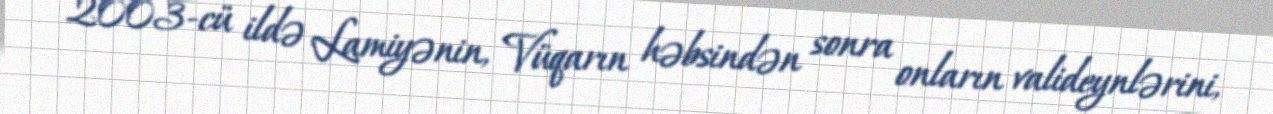
2003-cü ildə Lamiyənin, Vüqarın həbsindən sonra onların valideynlərini,